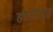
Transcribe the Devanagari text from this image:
हौलेण्ड